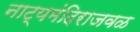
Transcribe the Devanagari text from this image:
नाट्यमंदिराजवळ